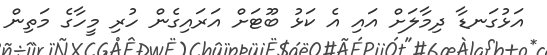
އަޅުގަނޑާ ދިމާލަށް އައި އެ ކަޅު ބޫޓަށް އަރައިގެން ހުރި މީހާގެ މަތިން